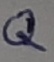
Text: Q